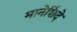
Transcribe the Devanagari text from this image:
मानेशिंदे